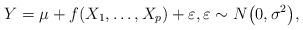
LaTeX: \begin{align*} Y= \mu+ f(X_1,\ldots,X_p)+\varepsilon,\varepsilon\sim N\bigl(0,\sigma^2\bigr),\end{align*}